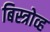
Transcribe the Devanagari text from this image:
बिस्त्रोव्ह